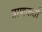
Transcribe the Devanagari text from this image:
त्राणकर्ता